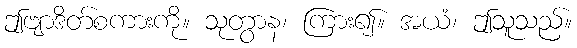
ဤဗျာဒိတ်စကားကို။ သုတွာန၊ ကြား၍။ အယံ၊ ဤသူသည်။